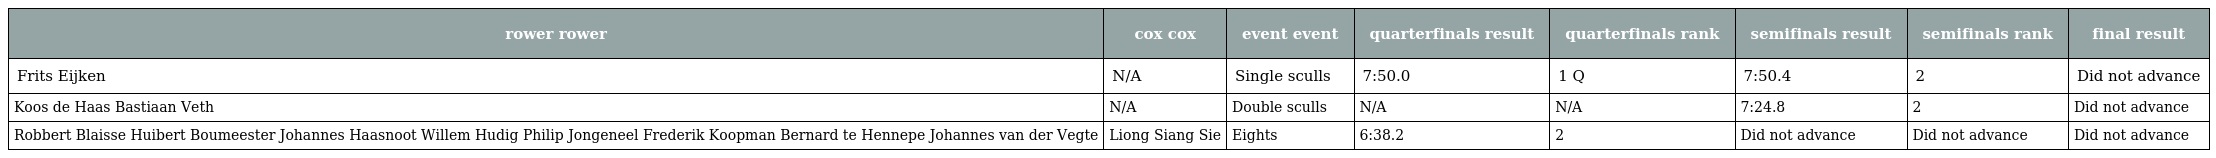
| rower rower | cox cox | event event | quarterfinals result | quarterfinals rank | semifinals result | semifinals rank | final result |
 | --- | --- | --- | --- | --- | --- | --- | --- |
 | Frits Eijken | N/A | Single sculls | 7:50.0 | 1 Q | 7:50.4 | 2 | Did not advance |
 | Koos de Haas Bastiaan Veth | N/A | Double sculls | N/A | N/A | 7:24.8 | 2 | Did not advance |
 | Robbert Blaisse Huibert Boumeester Johannes Haasnoot Willem Hudig Philip Jongeneel Frederik Koopman Bernard te Hennepe Johannes van der Vegte | Liong Siang Sie | Eights | 6:38.2 | 2 | Did not advance | Did not advance | Did not advance |